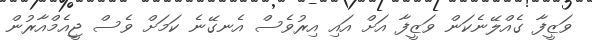
ވަޒީފާ ގެއްލޭނެކަން ވަޒީފާ އަށް އައި އިރުވެސް އެނގޭނެ ކަމަށް ވެސް ޖީއެމްއާރުން